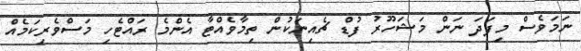
ނަމަވެސް މިފަދަ ނަން މަޝަހޫރު ފުޑް ޗެއިނަކުން ތިމާވެއްޓާ އެންމެ ރައްޓެހި މަސްވެރިކަމެއް